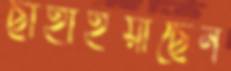
ছাহাইয়াছেন